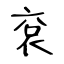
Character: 袞